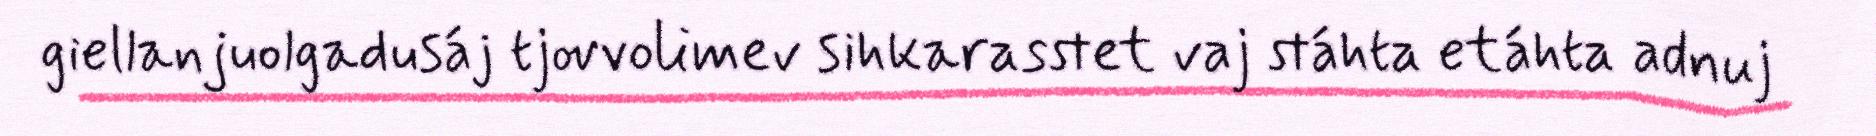
giellanjuolgadusáj tjovvolimev sihkarasstet vaj stáhta etáhta adnuj